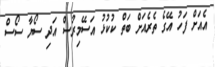
އެއަށް ފަހު އޭގެ ތެރެއަށް ބަތް ކުކުޅު އަސޭމިރުސް އަދި ސޯޔާ ސޯސް